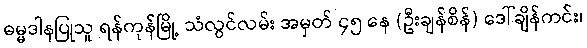
ဓမ္မဒါနပြုသူ ရန်ကုန်မြို့ သံလွင်လမ်း အမှတ် ၄၅ နေ (ဦးချန်စိန်) ဒေါ်ချိန်ကင်း၊